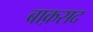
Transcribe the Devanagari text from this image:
बाक़सद